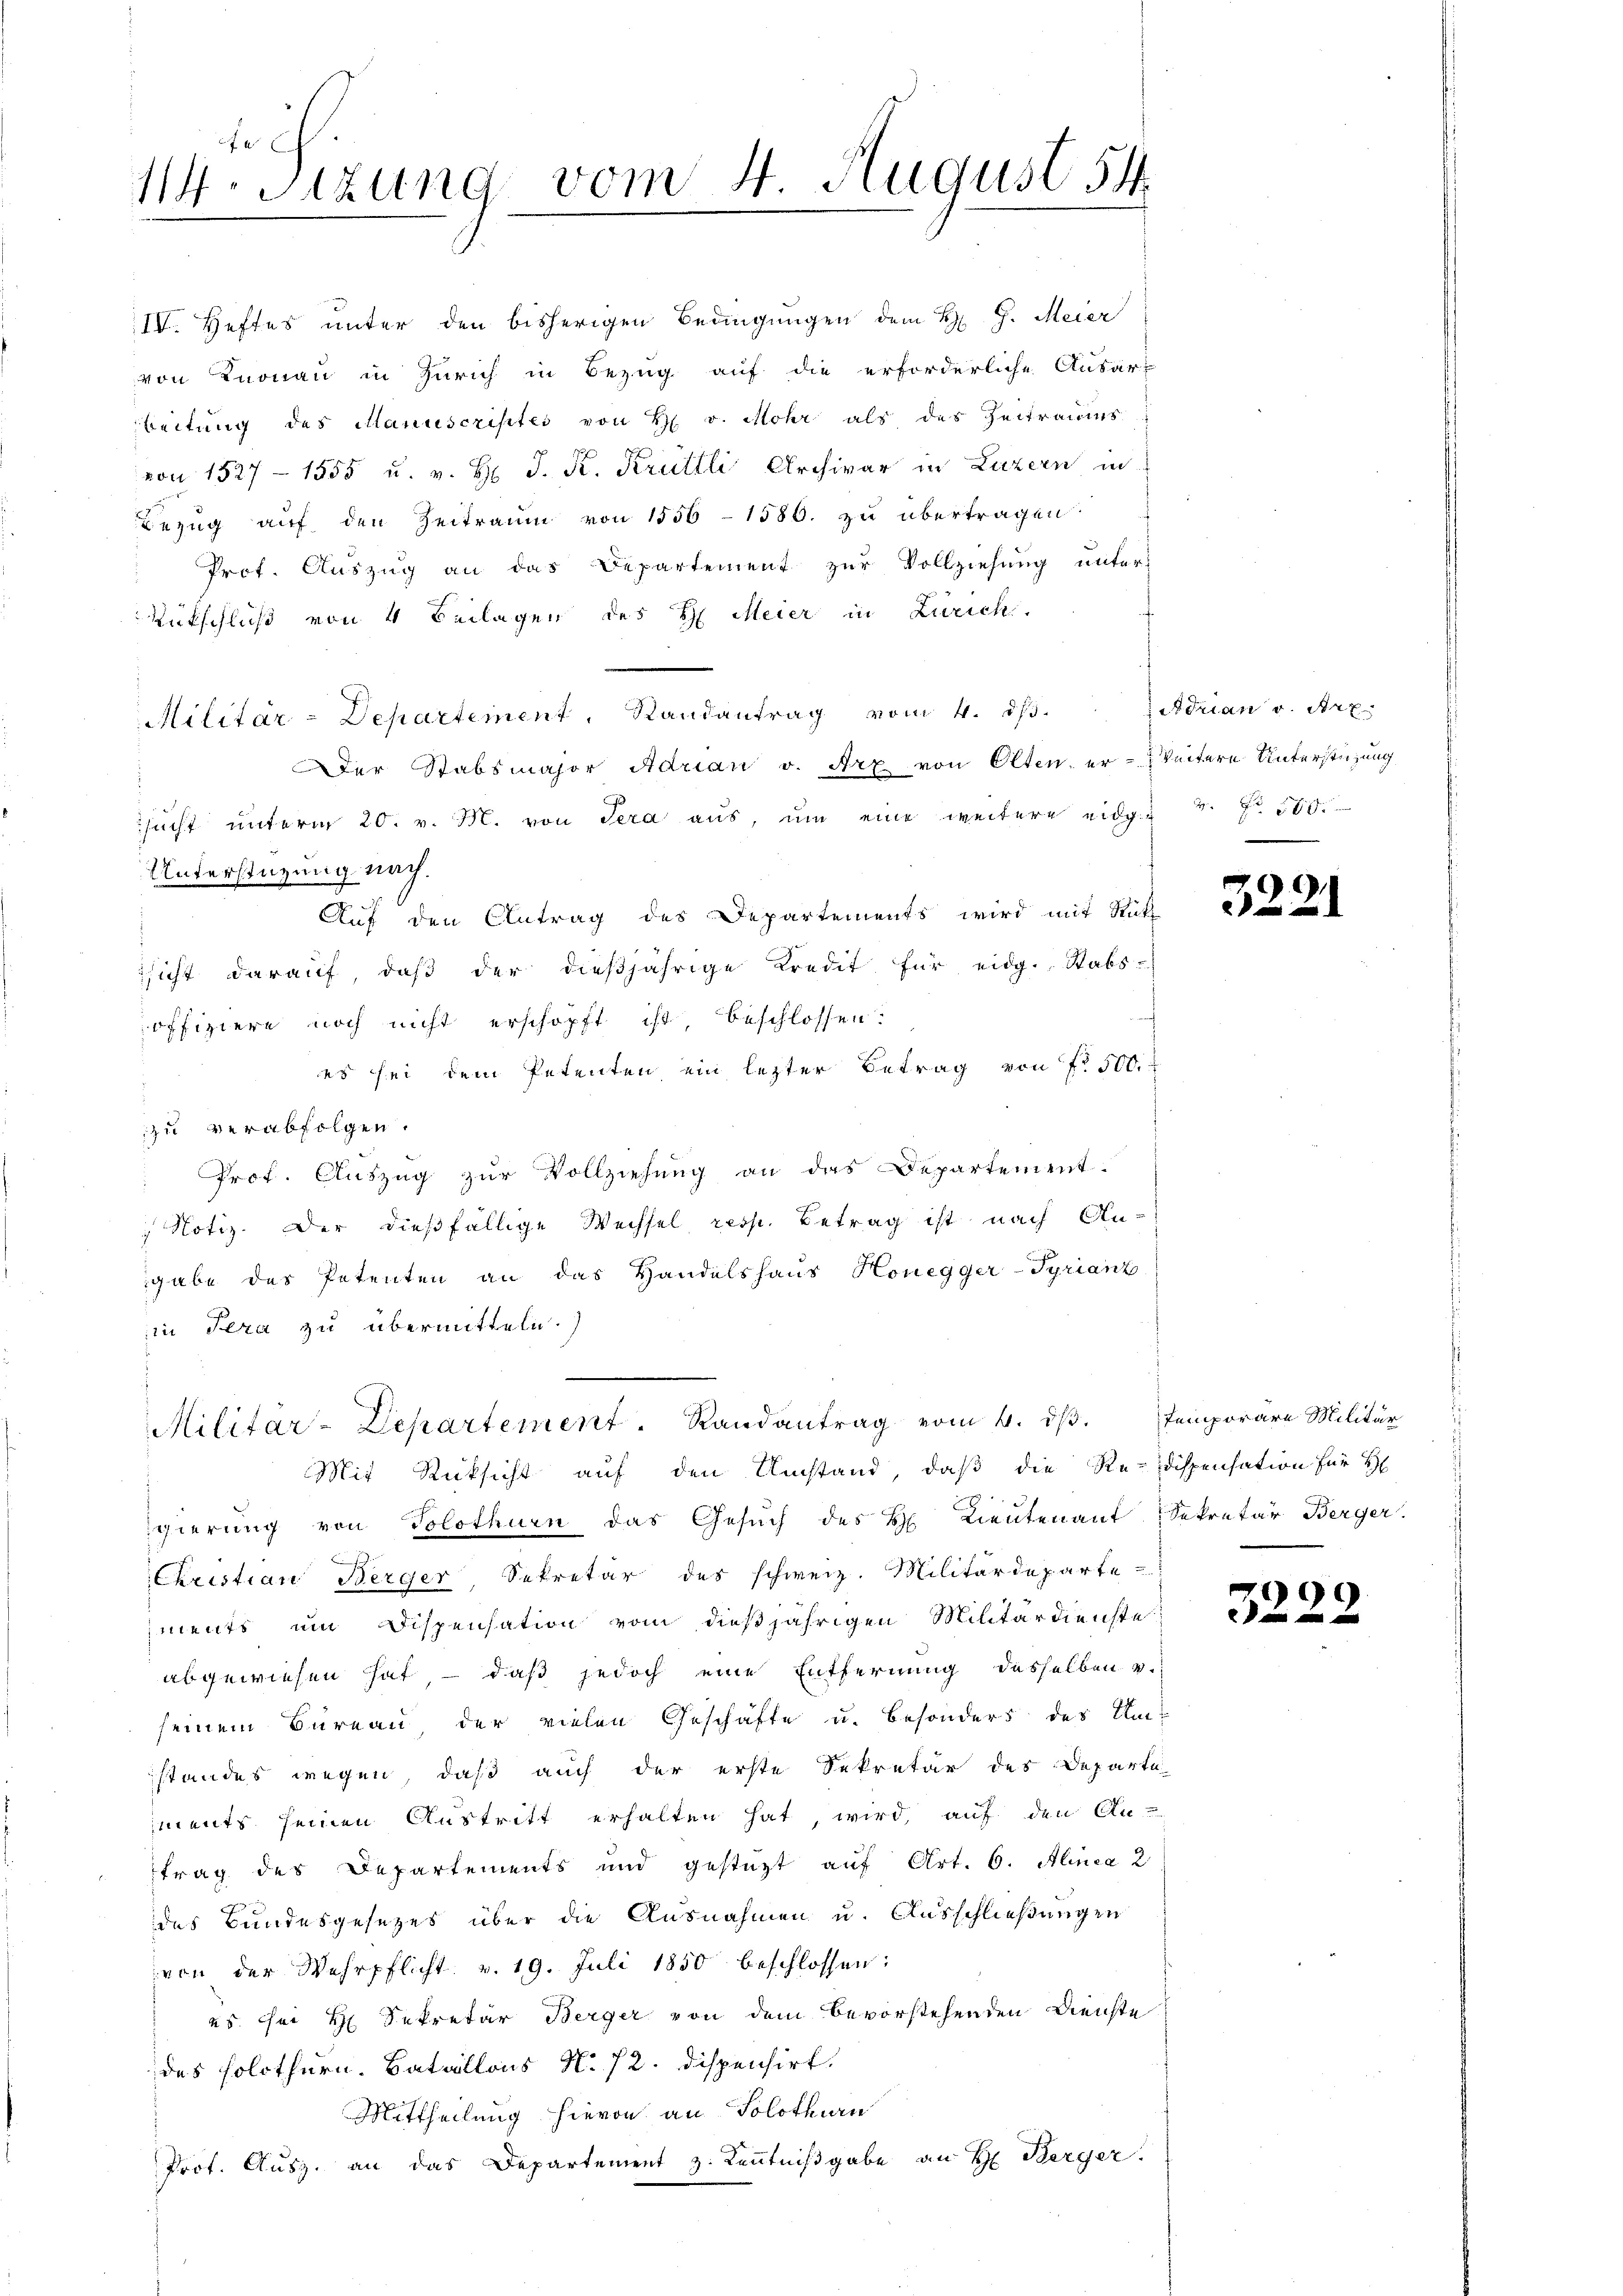
e
114. Sitzung vom 4. August 54

er Stabsmajor Adrian v. Arx von Olten, er - Weitere Unterstüzung
sŭcht ŭnterm 20. v. M. von Sera aŭs, ŭm eine weitere eidg. 4. No. 500.
Unterstützung nach.
Auf den Antrag des Departements wird mit Rück
sicht darauf, daβ der dießjährige Kredit für eidg. Stabs-
offiziere noch nicht erschöpft ist, beschlossen:
es sei dem Petenten, ein lezter Betrag von fr 500.
zu verabfolgen.
 Prof. Auszug zur Vollziehung an das Departement.
 Notiz. Der dießfällige Wechsel resp. Betrag ist nach An-
gabe das Petenten an das Handelshaus Honegger-Tyriant
in Sera zu übermitteln.)
.

gierung von Solothurn das Gesuch des H. Lieutenant Sekretär Berger.
Christian Berger Sekretär des schweiz. Militärdeparte-
iments um Dispensation vom dießjährigen Militärdienste
abgewiesen hat, – daß jedoch eine Entfernung desselben v.
seinem Bureau, der vielen Geschäfte u. besonders des Um-
standes wegen, daß auch der erste Sekretär des Departa-
iments seinen Austritt erhalten hat, wird, auf den An-
trag des Departements und gestüzt auf Art. 6. Alinea 2
des Bundesgesetzes über die Ausnahmen u. Ausschließungen
von der Wehrpflicht v. 19. Juli 1850 beschlossen:
25. Sei H Sekretär Berger von dem bevorstehenden Dienste
des solchern. Bataillons N. 12. dispensirt.
Mittheilung hievon an Solothurn
Prot. Ausz. an das Departement z. Kenntnißgabe an H. Berger.

Militar-Departement. Randantrag vom 4. ds. Temporäre Militär
Mit Rücksicht auf den Umstand, daß die Re-dispensation für H

IV. Heftes unter den bisherigen Bedingungen dem H. G. Meier
von Knonau in Zürich in Bezug auf die erforderliche Ausar-
beitung des Manuscriptes von H v. Mohr als das Zeitraums
von 1527 - 1555 u. v. H. J. K. Kruttli Archivar in Luzern in
Bezug auf den Zeitraum von 1556 - 1586. zu übertragen
Prot. Auszug an das Departement zur Vollziehung unter¬
Rückschluß von 4 Beilagen des H. Meier in Zürich.
Militär-Departement, Randantrag vom 4. dβ.

Adrian v. Art.

3221

3222